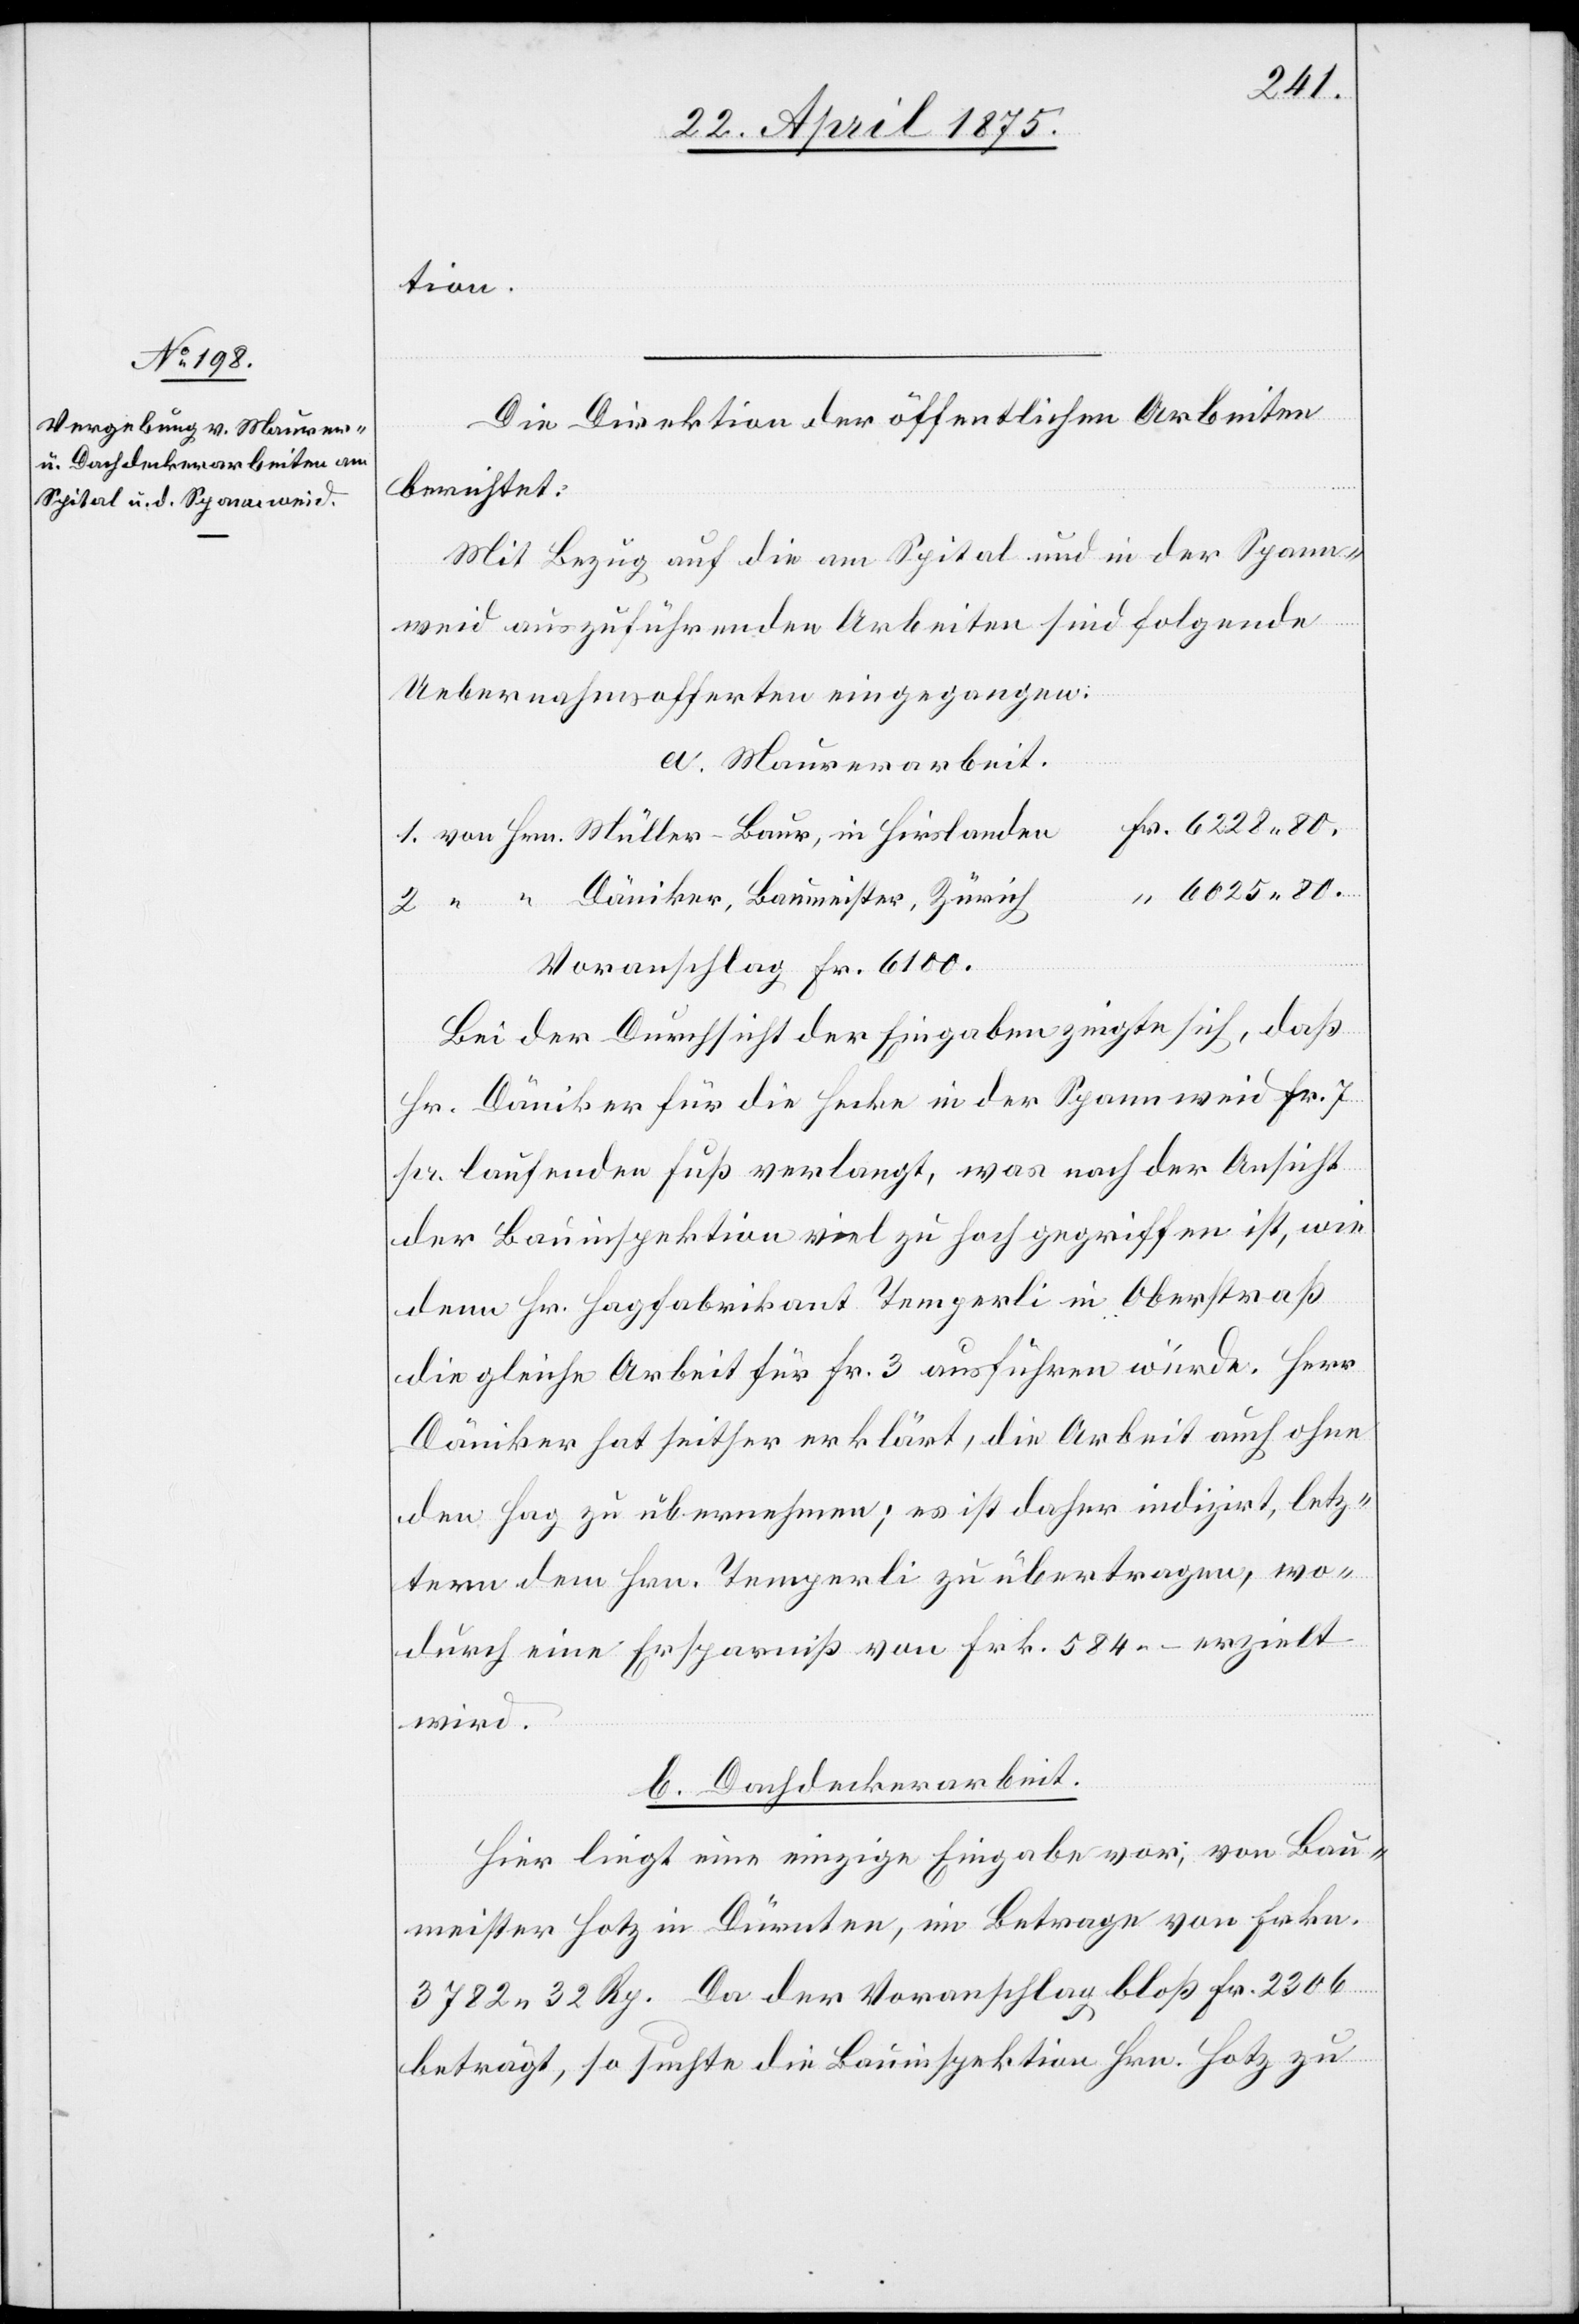
tion.
Die Direktion der öffentlichen Arbeiten
berichtet:
Mit Bezug auf die am Spital und in der Spann¬
weid auszuführenden Arbeiten sind folgende
Uebernahmsofferten eingegangen:
a. Maurerarbeit.
6025 80.
Voranschlag Fr. 6100.
Bei der Durchsicht der Eingaben zeigte sich, daß
Hr. Däniker für die Hecke in der Spannweid Fr. 7
pr. laufenden Fuß verlangt, was nach der Ansicht
der Bauinspektion viel zu hoch gegriffen ist, wie
denn Hr. Hagfabrikant Temperli in Oberstraß
die gleiche Arbeit für Fr. 3 ausführen würde. Herr
Däniker hat seither erklärt, die Arbeit auch ohne
den Hag zu übernehmen; es zu übertragen, wo¬
durch eine Ersparniß von Frk. 584 – erzielt
wird.
b. Dachdeckerarbeit.
Hier liegt eine einzige Eingabe vor; von Bau¬
meister Hotz in Dürnten, im Betrage von Frkn.
3782 32 Rp. Da der Voranschlag bloß Fr. 2306
beträgt, so sichte die Bauinspektion Hrn. Hotz zu